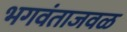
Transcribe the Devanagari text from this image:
भगवंताजवळ